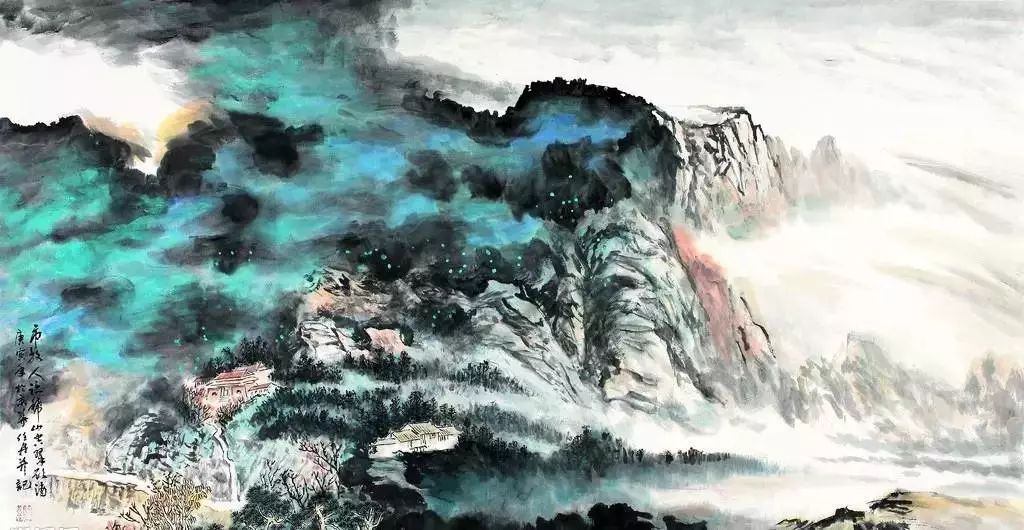
赤壁矶头，一番过一番怀古。